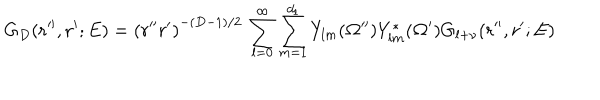
G _ { D } ( { \bf r ^ { \prime \prime } } , { \bf r ^ { \prime } } ; E ) = \left( r ^ { \prime \prime } r ^ { \prime } \right) ^ { - ( D - 1 ) / 2 } \, \sum _ { l = 0 } ^ { \infty } \sum _ { m = 1 } ^ { d _ { l } } Y _ { l m } ( { \bf \Omega ^ { \prime \prime } } ) Y _ { l m } ^ { * } ( { \bf \Omega ^ { \prime } } ) G _ { l + \nu } ( r ^ { \prime \prime } , r ^ { \prime } ; E ) \;